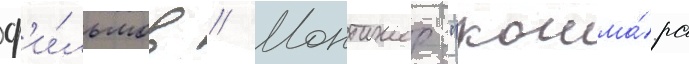
ф'и́льмов // Монтажер "кошма́ра